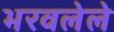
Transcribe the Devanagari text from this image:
भरवलेले